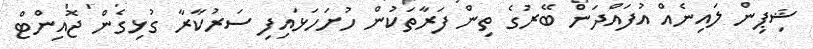
ޝިޕިން ލައިނެއް އުފައްދަން ބޭރުގެ ތިން ފަރާތަކުން ހުށަހަޅައިފި ސަރުކާރާ ގުޅިގެން ޖޮއިންޓް